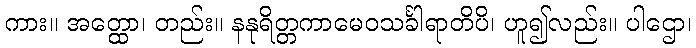
ကား။ အတ္ထော၊ တည်း။ နနုရိတ္တကာမေဝသင်္ခါရာတိပိ၊ ဟူ၍လည်း။ ပါဌော၊